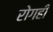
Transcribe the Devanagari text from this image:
रोगही